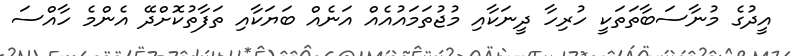
އީދުގެ މުނާސަބާތަތަކީ ހުރިހާ ދީނަކާއި މުޖުތަމައުއެއް އަނެއް ބަޔަކާއި ތަފާތުކޮށްދޭ އެންމެ ހާއްސަ